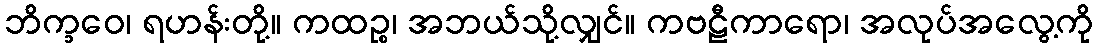
ဘိက္ခဝေ၊ ရဟန်းတို့။ ကထဉ္စ၊ အဘယ်သို့လျှင်။ ကဗဠီကာရော၊ အလုပ်အလွေ့ကို